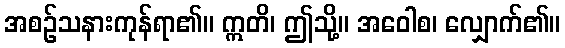
အစဉ်သနားကုန်ရာ၏။ ဣတိ၊ ဤသို့။ အဝေါစ၊ လျှောက်၏။